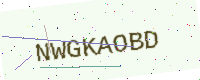
Text: NWGKAOBD